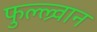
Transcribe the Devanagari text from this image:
फुल्ल्र्वान